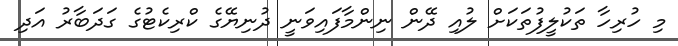
މި ހުރިހާ ތަކުލީފުތަކަށް ލުއި ދޭން ނިންމާފައިވަނީ ދުނިޔޭގެ ކްރިކެޓުގެ ގަދަބާރު އަދި